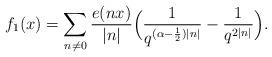
LaTeX: \begin{align*} f_1(x) = \sum_{n \neq 0} \frac{e(nx)}{|n|} \Big( \frac{1}{q^{(\alpha-\frac{1}{2})|n|}}- \frac{1}{q^{2|n|}} \Big).\end{align*}